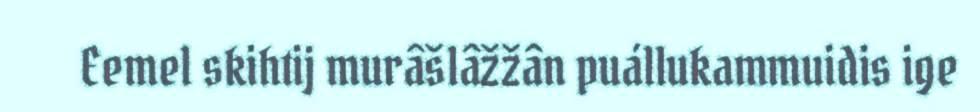
Eemel skihtij murâšlâžžân puállukammuidis ige